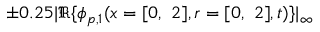
\pm 0 . 2 5 | \mathfrak { R } \{ \phi _ { p , 1 } ( x = [ 0 , \ 2 ] , r = [ 0 , \ 2 ] , t ) \} | _ { \infty }